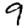
Digit: 9